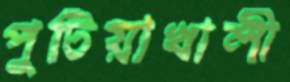
পুটিয়াখালী